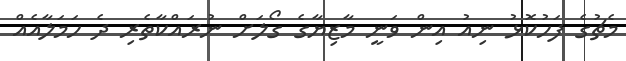
މެޗުގެ ފަހުކޮޅު ނިއު އިން ވަނީ މާޒިޔާގެ ގޯލަށް ނުރައްކާތެރި ދެ ހަމަލާއެއް